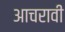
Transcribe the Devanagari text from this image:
आचरावी